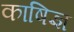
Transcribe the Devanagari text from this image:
काषिज्ञ